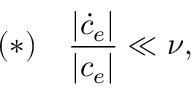
( * ) \quad \frac { | \dot { c } _ { e } | } { | c _ { e } | } \ll \nu ,